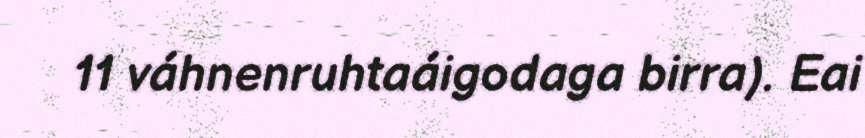
11 váhnenruhtaáigodaga birra). Eai